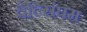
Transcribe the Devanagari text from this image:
वैल्सिंघम